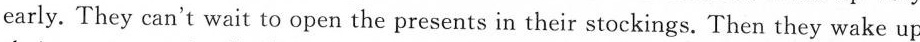
early. They can't wait to open the presents in their stockings. Then they wake up